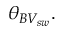
\theta _ { B V _ { s w } } .